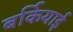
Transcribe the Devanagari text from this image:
बर्कियाई